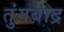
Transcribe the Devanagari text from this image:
तुंगबाद्र